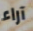
آراء